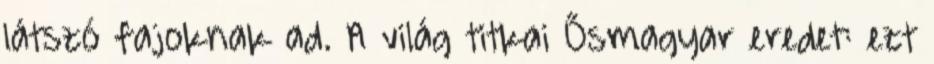
látszó fajoknak ad. A világ titkai Ősmagyar eredet: ezt